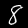
Digit: 8